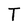
Character: T